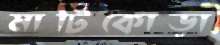
মাটিকোড়া